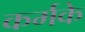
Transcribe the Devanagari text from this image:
कर्मके